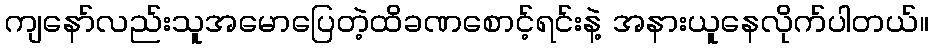
ကျနော်လည်းသူအမောပြေတဲ့ထိခဏစောင့်ရင်းနဲ့ အနားယူနေလိုက်ပါတယ်။